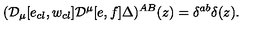
( { \cal D } _ { \mu } [ e _ { c l } , w _ { c l } ] { \cal D } ^ { \mu } [ e , f ] \Delta ) ^ { A B } ( z ) = \delta ^ { a b } \delta ( z ) .